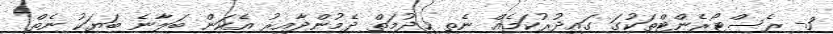
3- ރެސްޓޯރެންޓްތަކުގަ ގައިދުރުކަމެއް ނެތި ޚިދުމަތް ދެމުންދާއިރު އެކަން ބަލާނެ ބަޔަކު ނެތް